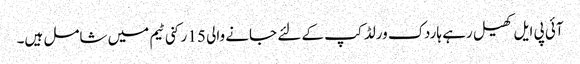
آئی پی ایل کھیل رہے ہاردک ورلڈ کپ کے لئے جانے والی 15 رکنی ٹیم میں شامل ہیں۔